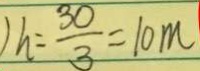
) h = \frac { 3 0 } { 3 } = 1 0 m